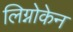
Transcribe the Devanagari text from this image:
लिग्नोकेन